Report on sanitation, dispensaries, and jails in Rajputana for 1914, and on vaccination for the year 1914-1915 - 1914-1915
Year: 1914
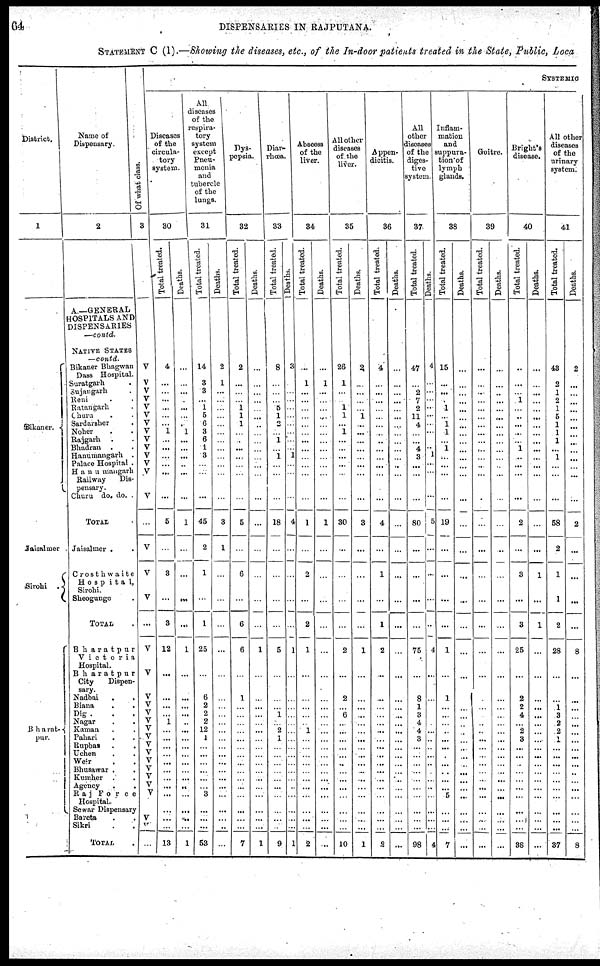
64
DISPENSARIES IN RAJPUTANA.
STATEMENT C (I).—Showing the diseases, etc., of the In-door patients treated in the State, Public, Loca
District.
1
Bikaner.
Jaisalmer
Sirohi
.
Bharat-
pur.
Name of
Dispensary.
2
A—GENERAL
HOSPITALS AND
DISPENSARIES
—contd.
NATIVE STATES
— contd.
Bikaner Bhagwan
Dass Hospital.
Suratgarh .
Sujangarh .
Reni .
Ratangarh .
Churu . .
Sardarsher .
Noher . .
Rajgarh . .
Bhadran
. .
Hanumangarh
Palace Hospital .
Hanumangarh
Railway
Dis-
pensary.
Churu do. do.
TOTAL .
Jaisalmer . .
Crosthwaite
Hospital,
Sirohi.
Sheogunge .
TOTAL .
Bharatpur
Victoria
Hospital.
Bharatpur
City
Dispen-
sary.
Nadbai . .
Biana . .
Dig . .
Nagar . .
Kaman . .
Pahari . .
Rupbas . .
Uchen . .
Weir . .
Bhasawar . .
Kumher . .
Agency . .
Raj
Force
Hospital.
Sewar Dispensary
Bareta . .
Sikri . .
TOTAL .
Of what class.
3
V
V
V
V
V
V
V
V
V
V
V
V
V
V
...
V
V
V
...
V
V
V
V
V
V
V
V
V
V
V
V
V
V
V
V
...
...
SYSTEMIC
Discases
of the
circul-
tory
system.
30
Total treated.
4
...
... ...
...
...
...
1
...
...
...
...
...
...
5
...
3
...
3
12
...
...
...
...
1
...
...
...
...
...
...
...
...
...
...
...
...
13
Deaths.
...
... ...
...
...
...
...
1
...
...
...
...
...
...
1
...
...
...
...
1
...
...
...
...
...
...
...
...
...
...
...
...
...
...
...
...
...
1
All
diseases
of the
respira-
tory
system
except
Pneu-
monia
and
tubercle
of the
lungs.
31
Tot al treated.
14
3
3
...
1
5
6
3
6
1
3
...
...
...
45
2
1
...
1
25
...
6
2
2
2
12
1
...
...
...
...
...
...
3
...
...
...
53
Deat hs .
2
1
...
...
...
...
...
...
...
...
...
...
...
...
3
1
...
...
...
...
...
...
...
...
...
...
...
...
...
...
...
...
...
...
...
...
...
...
Dys-
pepsia.
32
Total treated.
2
...
...
...
1
1
1
...
...
...
...
...
...
...
5
...
6
...
6
6
...
1
...
...
...
...
...
...
...
...
...
...
...
...
...
...
...
7
Deaths.
...
...
...
...
...
...
...
...
...
...
...
...
...
...
...
...
...
...
...
1
...
...
...
...
...
...
...
...
...
...
...
...
...
...
...
...
...
1
Diar-
rhœa.
33
Total treated.
8
...
...
...
5
1
2
...
1
...
1
...
...
...
18
...
...
...
...
5
...
...
...
1
...
2
1
...
...
...
...
...
...
...
...
...
...
9
Deaths.
3
...
...
...
...
...
...
...
...
...
1
...
...
...
4
...
...
...
...
1
...
...
...
...
...
...
...
...
...
...
...
...
...
...
...
...
...
1
Abscess
of the
liver.
34
Total treated.
...
1
...
...
...
...
...
...
...
...
...
...
...
...
1
...
2
...
2
1
...
...
...
...
...
1
...
...
...
...
...
...
...
...
...
...
...
2
Deaths.
...
1
...
...
...
...
...
...
...
...
...
...
...
...
1
...
...
...
...
...
...
...
...
...
...
...
...
...
...
...
...
...
...
...
...
...
...
...
All other
diseases
of the
liver.
35
Total treated.
26
1
...
...
1
1
...
1
...
...
...
...
...
...
30
...
...
...
...
2
...
2
...
6
...
...
...
...
...
...
...
...
...
...
...
...
...
10
Deaths.
2
...
...
...
...
1
...
...
...
...
...
...
...
...
3
...
...
...
...
1
...
...
...
...
...
...
...
...
...
...
...
...
...
...
...
...
...
1
Appen-
dicitis.
36
Total treated.
4
...
...
...
...
...
...
...
...
...
...
...
...
...
4
...
1
...
1
2
...
...
...
...
... ...
... ...
...
...
...
...
...
...
...
...
...
2
Deaths.
...
...
...
...
...
...
...
...
...
...
...
...
...
...
...
...
...
...
...
...
...
...
...
...
...
...
...
...
...
...
...
...
...
...
...
...
...
...
All
other
diseases
of the
diges-
tive
system
37
Total treated.
47
... 2
7
2
11
4
...
...
4
3
...
...
...
80
...
...
...
...
75
...
8
1
3
4
4
3
...
...
...
...
...
...
...
...
...
...
98
Deaths.
4
...
...
...
...
...
...
...
...
... 1
...
...
...
5
...
...
...
...
4
...
...
...
...
...
...
...
...
...
...
...
...
...
...
...
...
...
4
Inflam-
mation
and
suppura-
tion of
lymph
glands.
38
Total treated.
15
...
...
...
1
... 1
1
...
1
...
...
...
...
19
...
...
...
...
1
...
1
...
...
...
...
...
...
...
...
...
...
...
5
...
...
...
7
Deaths.
...
...
...
...
...
...
...
...
...
...
...
...
...
...
...
...
...
...
...
...
...
...
...
...
...
...
...
...
...
...
...
...
...
...
...
...
...
...
Goitre.
39
Total treated.
...
...
...
...
...
...
...
...
...
...
...
..
...
...
...
...
...
...
...
...
...
...
...
...
...
...
...
...
...
...
...
...
...
...
...
...
...
...
Deaths.
...
...
...
...
...
...
...
...
...
...
...
...
...
...
...
...
...
...
...
...
...
...
...
...
...
...
...
...
...
...
...
...
...
...
...
...
...
...
Bright's
disease.
40
Total treated.
..
...
... 1
...
...
...
...
...
1
..
...
...
...
3
...
3
...
3
25
...
2
2
4
...
2
3
...
...
...
...
...
...
...
...
...
...
38
Deaths.
...
... ...
...
...
...
...
...
...
...
...
...
...
...
...
...
1
...
1
...
...
...
...
...
...
...
...
...
...
...
...
...
...
...
...
...
...
...
All other
diseases
of the
urinary
system.
41
Total treated.
43
2
1
2
1
5
1
1
1
...
1
...
...
...
58
2
1
1
2
28
...
...
1
3
2
2
1
...
...
...
...
...
...
...
...
...
...
37
Deaths.
2
...
...
...
...
...
...
...
...
...
...
...
...
...
2
...
...
...
...
8
...
...
...
...
...
...
...
...
...
...
...
...
...
...
...
...
...
8